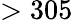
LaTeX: >305